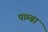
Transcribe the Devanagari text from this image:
पाम्बा